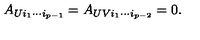
A _ { U i _ { 1 } \cdots i _ { p - 1 } } = A _ { U V i _ { 1 } \cdots i _ { p - 2 } } = 0 .